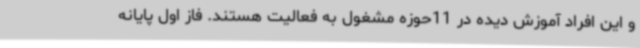
و این افراد آموزش دیده در 11حوزه مشغول به فعالیت هستند. فاز اول پایانه